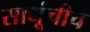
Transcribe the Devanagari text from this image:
साधूंचीच